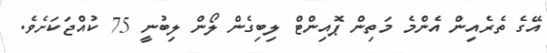
އޭގެ ތެރެއިން އެންމެ މަތިން ޕޮއިންޓް ލިބިގެން ލޯން ލިބުނީ 75 ކުއްޖަކަށެވެ.